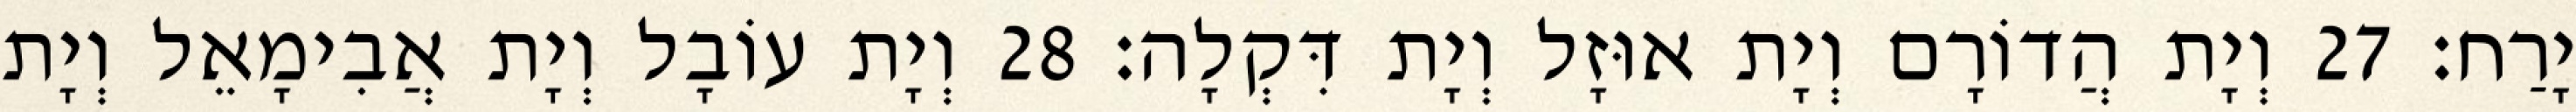
יָרַח׃ 27 וְיָת הֲדוֹרָם וְיָת אוּזָל וְיָת דִּקְלָה׃ 28 וְיָת עוֹבָל וְיָת אֲבִימָאֵל וְיָת